Annual statistical returns and brief notes on vaccination in Bengal - 1909-1929
Year: 1909
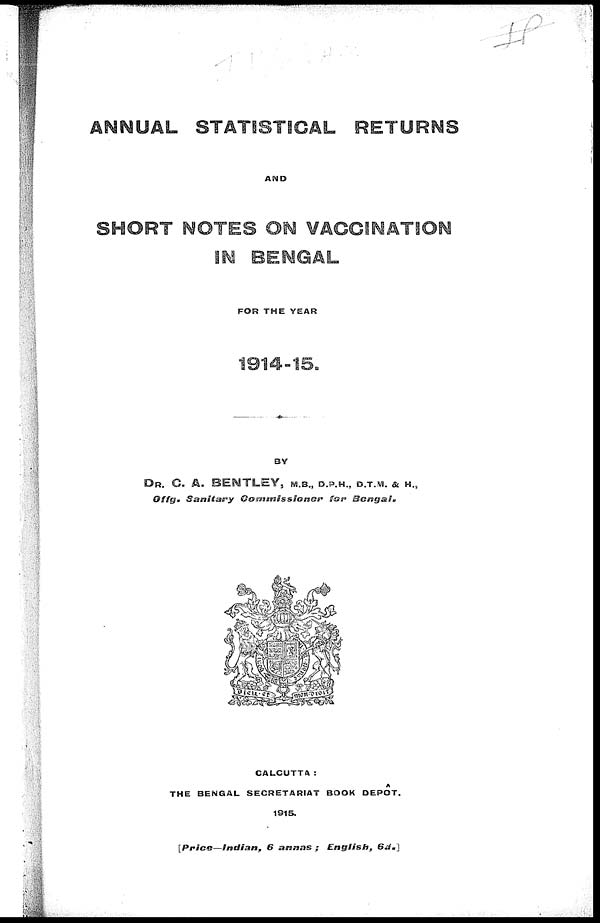
ANNUAL STATISTICAL RETURNS
AND
SHORT NOTES ON VACCINATION
IN BENGAL
FOR THE YEAR
1914-15.
BY
DR. C. A. BENTLEY, M.B., D.P.H., D.T.M. & H.,
Offg.
Sanitary
Commissioner
for
Bengal.
CALCUTTA:
THE BENGAL SECRETARIAT BOOK DEPÔT.
1915.
[Price—Indian,
6 annas
; English,
6d.]